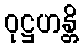
ဝုဋ္ဌဟန္တိ